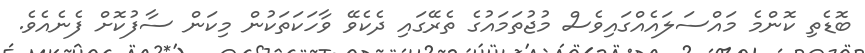
ބޮޑެތި ކޮންމެ މައްސަލައެއްގައިވެސް މުޖުތަމައުގެ ތެރޭގައި ދެކެވޭ ވާހަކަތަކުން މިކަން ސާފުކޮށް ފެނެއެވެ.